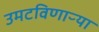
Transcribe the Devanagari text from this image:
उमटविणाऱ्या